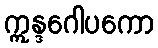
ဣန္ဒဂေါပကော